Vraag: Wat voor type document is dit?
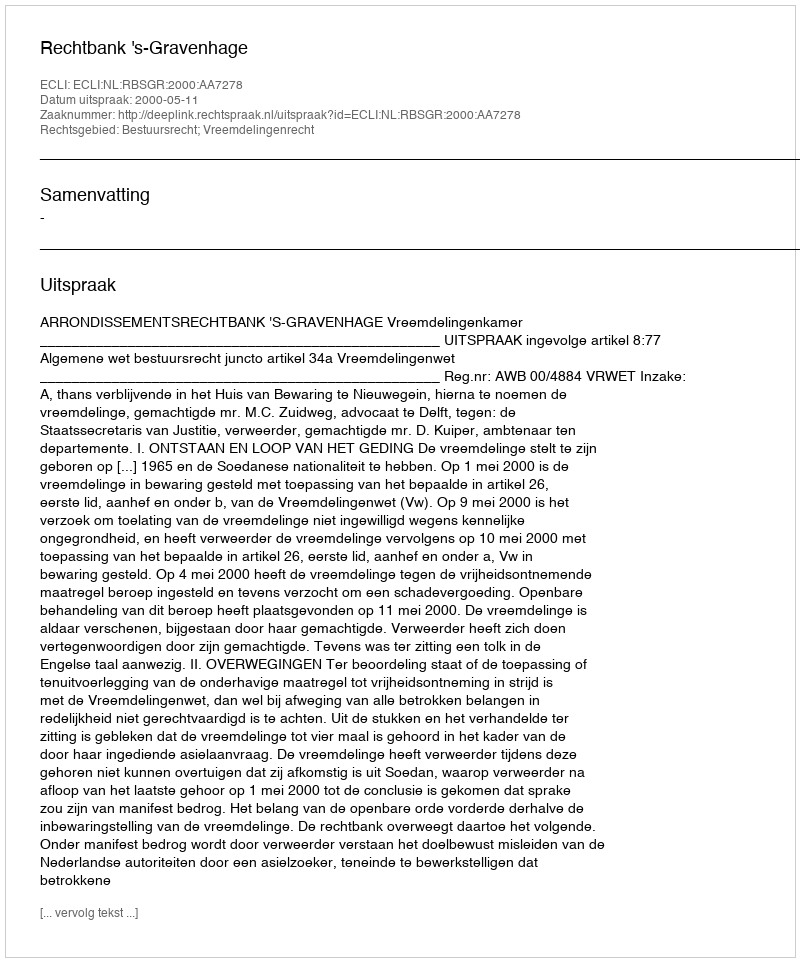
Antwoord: Uitspraak